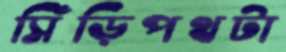
সিঁড়িপথটা